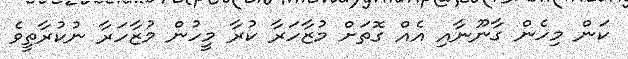
ކަން މިހެން ގާނޫނާއި އެއް ގޮތަށް މުޒާހަރާ ކުރާ މީހުން މުޒާހަރާ ނުކުރާތީވެ